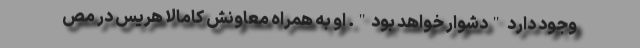
وجود دارد "دشوار خواهد بود". او به همراه معاونش کامالا هریس در مص